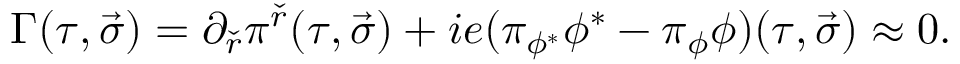
\Gamma ( \tau , \vec { \sigma } ) = \partial _ { \check { r } } \pi ^ { \check { r } } ( \tau , \vec { \sigma } ) + i e ( \pi _ { \phi ^ { * } } \phi ^ { * } - \pi _ { \phi } \phi ) ( \tau , \vec { \sigma } ) \approx 0 .